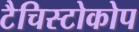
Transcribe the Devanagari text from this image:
टैचिस्टोकोप